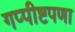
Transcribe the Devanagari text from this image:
गप्पीष्टपणा